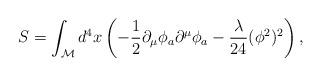
LaTeX: \begin{align*}S= \int_{{\cal M}} d^{4}x \left(-\frac12 \partial_\mu\phi_a\partial^\mu\phi_a- \frac{\lambda}{24} (\phi^2)^2 \right),\end{align*}